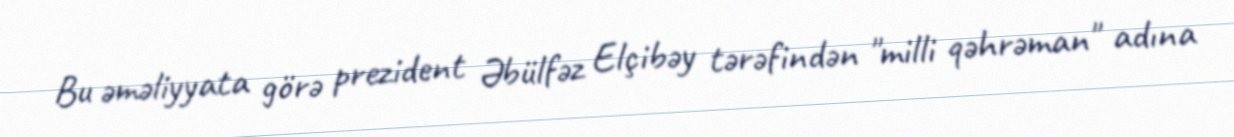
Bu əməliyyata görə prezident Əbülfəz Elçibəy tərəfindən "milli qəhrəman" adına